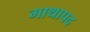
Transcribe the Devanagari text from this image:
गाथापद